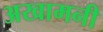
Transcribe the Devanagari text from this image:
अखामनी